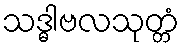
သဒ္ဓါဗလသုတ္တံ